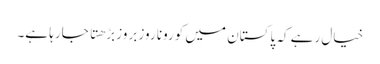
خیال رہے کہ پاکستان میں کورونا روز بروز بڑهتا جارہا ہے۔